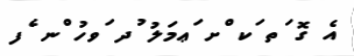
އެ ގޮ ަތ ަކ ްށ ަޢމަލު ުދ ަވހު ްނ ެފ